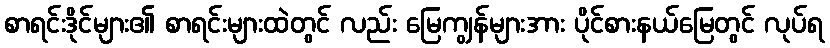
စာရင်းဒိုင်များ၏ စာရင်းများထဲတွင် လည်း မြေကျွန်များအား ပိုင်စားနယ်မြေတွင် လုပ်ရ